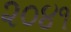
૨૦૪૧